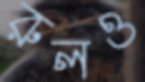
রুলও